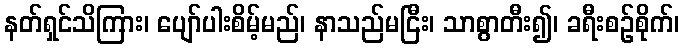
နတ်ရှင်သိကြား၊ ပျော်ပါးစိမ့်မည်၊ နာသည်မငြီး၊ သာစွာတီး၍၊ ခရီးစဉ်စိုက်၊